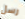
رسل